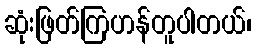
ဆုံးဖြတ်ကြဟန်တူပါတယ်၊